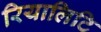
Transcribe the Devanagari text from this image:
रियालिटि